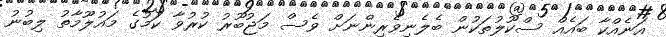
އަނެއްކާ ބައެއް ސްކޫލުތަކުން ބެލެނިވެރިންނަށް ވެސް މަޖުބޫރު ކުރުވާ ކަމުގެ މައުލޫމާތު ލިބުނު